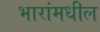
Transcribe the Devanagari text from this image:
भारांमधील